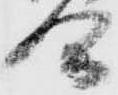
合